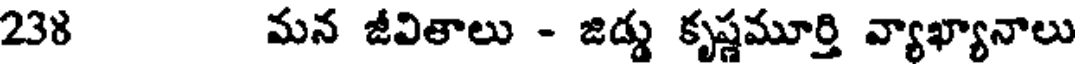
238 మన జీవితాలు - జిడ్డు కృష్ణమూర్తి వ్యాఖ్యానాలు